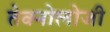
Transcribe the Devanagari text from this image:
तेक्नोलोजी